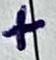
Text: +